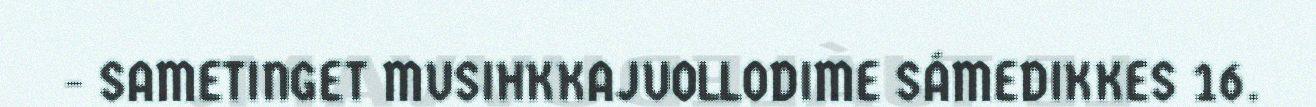
- SAMETINGET MUSIHKKAJUOLLODIME SÁMEDIKKES 16.